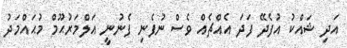
އަދި ޝައްކު އުފެދޭ ފަދަ އެއްޗެއް ވެސް ނުފެނި ފެނުނީ އަލްމަރުޙޫމް މުޙައްމަދު